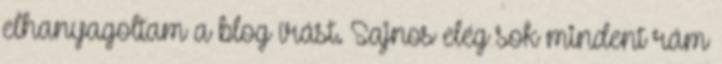
elhanyagoltam a blog írást. Sajnos elég sok mindent rám